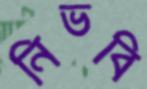
নিভবি